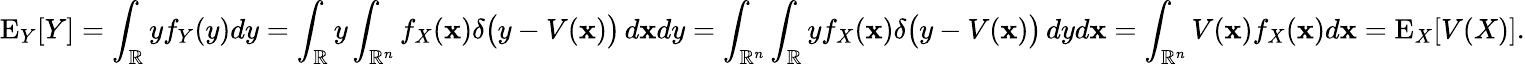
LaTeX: \operatorname{E}_{Y}[Y]=\int_{\mathbb{R}}yf_{Y}(y)dy=\int_{\mathbb{R}}y\int_{{\mathbb{R}}^{n}}f_{X}(\mathbf{x})\delta{\big(}y-V(\mathbf{x}){\big)}\, d\mathbf{x}dy=\int_{{\mathbb{R}}^{n}}\int_{\mathbb{R}}yf_{X}(\mathbf{x})\delta{\big(}y-V(\mathbf{x}){\big)}\, dyd\mathbf{x}=\int_{{\mathbb{R}}^{n}}V(\mathbf{x})f_{X}(\mathbf{x})d\mathbf{x}=\operatorname{E}_{X}[V(X)].